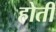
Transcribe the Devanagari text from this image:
होती